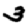
Digit: 3